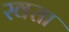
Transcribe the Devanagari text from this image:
स्वसा